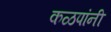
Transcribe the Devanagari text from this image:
कळपांनी